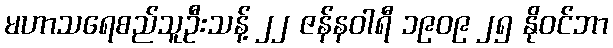
မဟာသရေစည်သူဦးသန့် ၂၂ ဇန်နဝါရီ ၁၉၀၉ ၂၅ နိုဝင်ဘာ